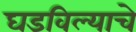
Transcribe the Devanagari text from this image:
घडविल्याचे